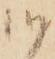
候